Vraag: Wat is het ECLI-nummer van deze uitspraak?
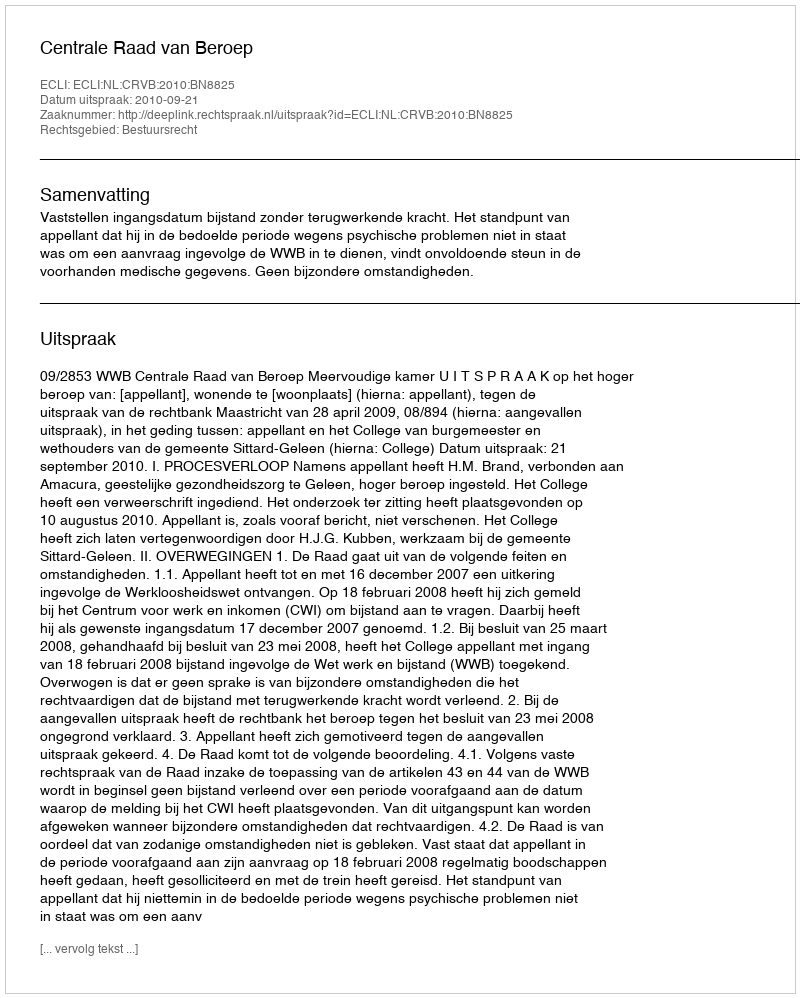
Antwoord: ECLI:NL:CRVB:2010:BN8825